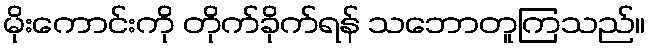
မိုးကောင်းကို တိုက်ခိုက်ရန် သဘောတူကြသည်။